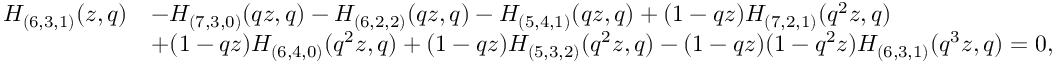
\begin{array} { r l } { H _ { ( 6 , 3 , 1 ) } ( z , q ) } & { - H _ { ( 7 , 3 , 0 ) } ( q z , q ) - H _ { ( 6 , 2 , 2 ) } ( q z , q ) - H _ { ( 5 , 4 , 1 ) } ( q z , q ) + ( 1 - q z ) H _ { ( 7 , 2 , 1 ) } ( q ^ { 2 } z , q ) } \\ & { + ( 1 - q z ) H _ { ( 6 , 4 , 0 ) } ( q ^ { 2 } z , q ) + ( 1 - q z ) H _ { ( 5 , 3 , 2 ) } ( q ^ { 2 } z , q ) - ( 1 - q z ) ( 1 - q ^ { 2 } z ) H _ { ( 6 , 3 , 1 ) } ( q ^ { 3 } z , q ) = 0 , } \end{array}